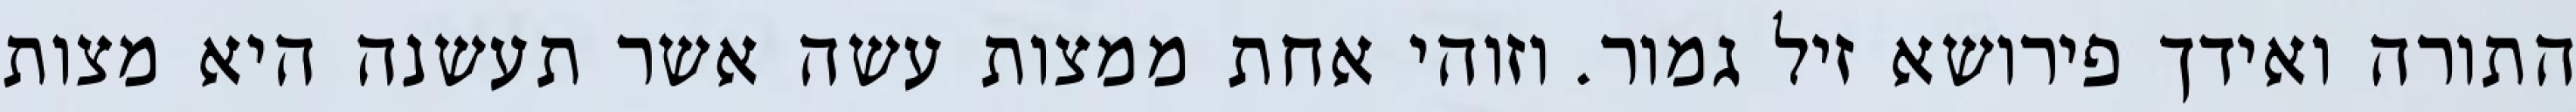
התורה ואידך פירושא זיל גמור. וזוהי אחת ממצות עשה אשר תעשנה היא מצות